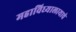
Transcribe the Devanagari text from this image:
महाविध्यालायाचे